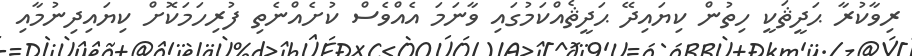
ރިވާކުރާ ޙަދީޘަކީ ހިތުން ކިޔައިދޭ ޙަދީޘެއްކަމުގައި ވާނަމަ އެއްވެސް ކުށެއްނެތި ފުރިހަމަކޮށް ކިޔައިދިނުމާއި